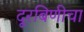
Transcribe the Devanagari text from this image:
दूरबिणीचा